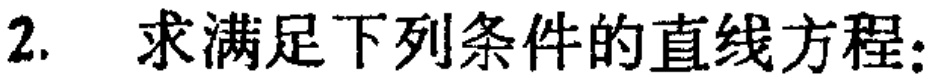
2. 求满足下列条件的直线方程：